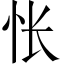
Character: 怅